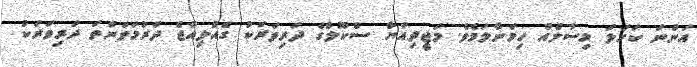
އަންނަ ކަހަލަ މިސާލެއް ހިމަނާލަމެވެ. މަޖީދިއްޔާ ސްކޫލްގެ ދަރިވަރަކު ގެއްލިއްޖެ ދަރުމަވަންތަ ދަރިވަރަކު